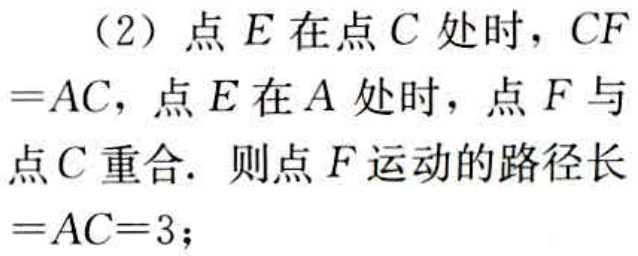
（2）点\(E\)在点\(C\)处时，\(CF =AC\)，点\(E\)在\(A\)处时，点\(F\)与点\(C\)重合. 则点\(F\)运动的路径长\(=AC = 3\)；